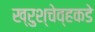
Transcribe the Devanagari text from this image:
ख्रुश्चेव्हकडे